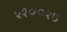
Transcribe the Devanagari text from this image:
११००१७